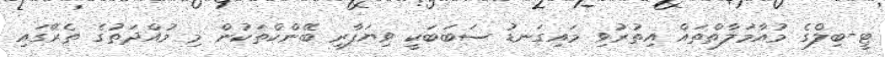
ޓީ-ބިލްގެ މުއާމަލާތްތައް އިތުރުވި މައިގަނޑު ސަބަބަކީ ވިޔަފާރި ބޭންކްތަކުން މި މުއްދަތުގެ ތެރޭގައި